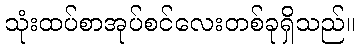
သုံးထပ်စာအုပ်စင်လေးတစ်ခုရှိသည်။